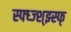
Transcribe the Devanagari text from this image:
स्फ्ध्ज्श्झ्स्फ्